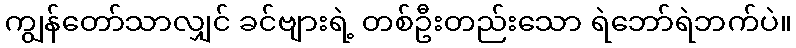
ကျွန်တော်သာလျှင် ခင်ဗျားရဲ့ တစ်ဦးတည်းသော ရဲဘော်ရဲဘက်ပဲ။